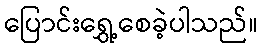
ပြောင်းရွှေ့စေခဲ့ပါသည်။